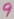
Text: 9